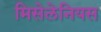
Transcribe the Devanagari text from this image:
मिसेलेनियस